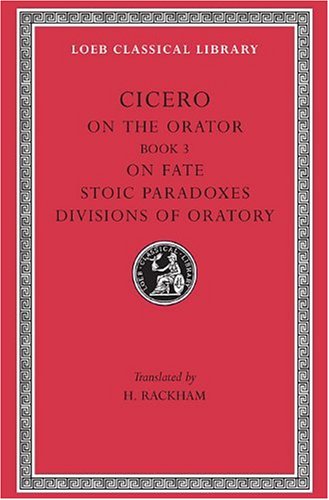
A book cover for Cicero: On the Orator: Book 3. On Fate. Stoic Paradoxes. On the Divisions of Oratory: A. Rhetorical Treatises (Loeb Classical Library No. 349) (English and Latin Edition); Cicero; Literature & Fiction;